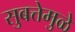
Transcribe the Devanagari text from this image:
सुबत्तेमुळे